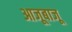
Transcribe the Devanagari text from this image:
आजूबाजू